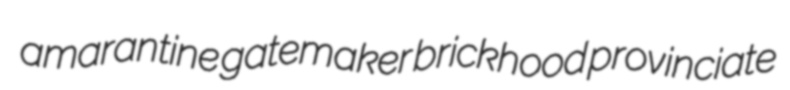
amarantine gatemaker brickhood provinciate